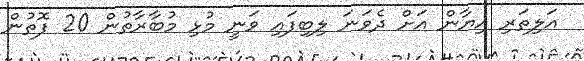
އަލިތަރި އިޔާން އަށް ދެވަނަ ލިބިފައި ވަނީ މުޅި މުބާރާތުން 20 ފޮތުން